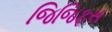
જિજિફસ